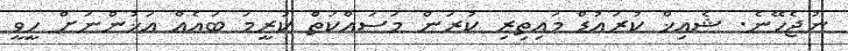
ނުޖެހޭނެ. ޝެއިޚް ކުރައުޑް މައިތިރި ކުރަން މަސައްކަތް ކުރީމަ ބައެއް އަޚުންނަށް ހީވީ